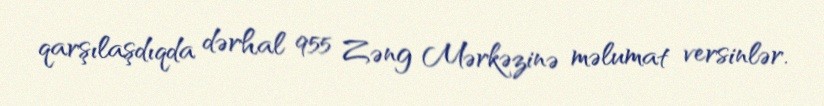
qarşılaşdıqda dərhal 955 Zəng Mərkəzinə məlumat versinlər.